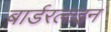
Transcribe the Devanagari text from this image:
बार्डरलाइन